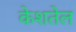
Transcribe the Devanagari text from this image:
केशतेल